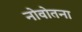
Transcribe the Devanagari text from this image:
नोवोतना